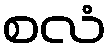
စလံ